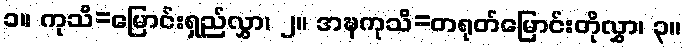
၁။ ကုသိ=မြောင်းရှည်လွှာ၊ ၂။ အဍ္ဎကုသိ=တရုတ်မြောင်းတိုလွှာ၊ ၃။